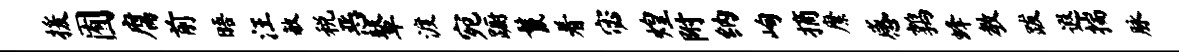
援囿腐前晤汪敏税恶鼙渡宛蹰鬣着宓煌附纳峋摘縻感鹑蜂教跋遐揣脉